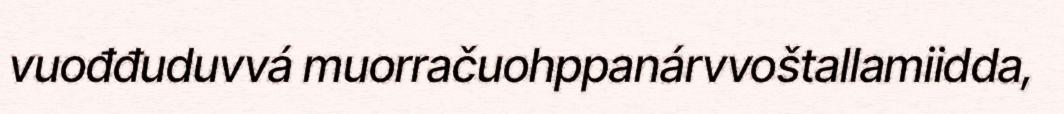
vuođđuduvvá muorračuohppanárvvoštallamiidda,